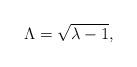
LaTeX: \begin{align*}\Lambda =\sqrt{\lambda -1}, \end{align*}